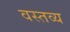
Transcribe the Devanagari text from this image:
वस्तव्य